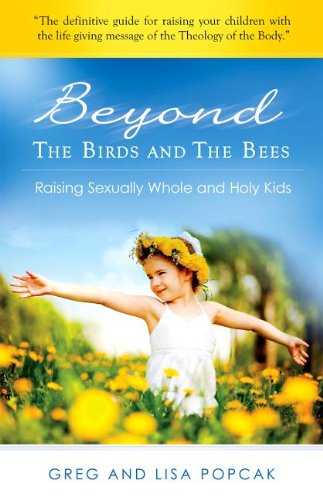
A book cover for Beyond the Birds and the Bees; Gregory Popcak; Christian Books & Bibles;